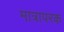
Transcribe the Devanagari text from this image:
मात्रापरक